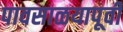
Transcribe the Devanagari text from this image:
पावसाळयापूर्वी